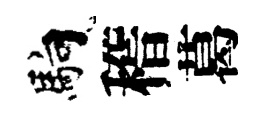
馿稽葛